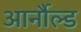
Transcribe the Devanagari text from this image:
आर्नौल्ड